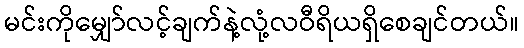
မင်းကိုမျှော်လင့်ချက်နဲ့လုံ့လဝီရိယရှိစေချင်တယ်။